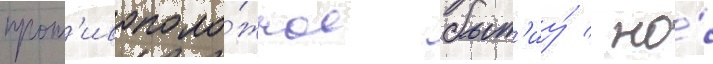
прот'ивополо́жное быт'иу́ / но́